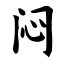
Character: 闷